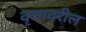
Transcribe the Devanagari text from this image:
वृत्तावरील